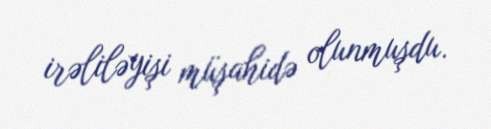
irəliləyişi müşahidə olunmuşdu.